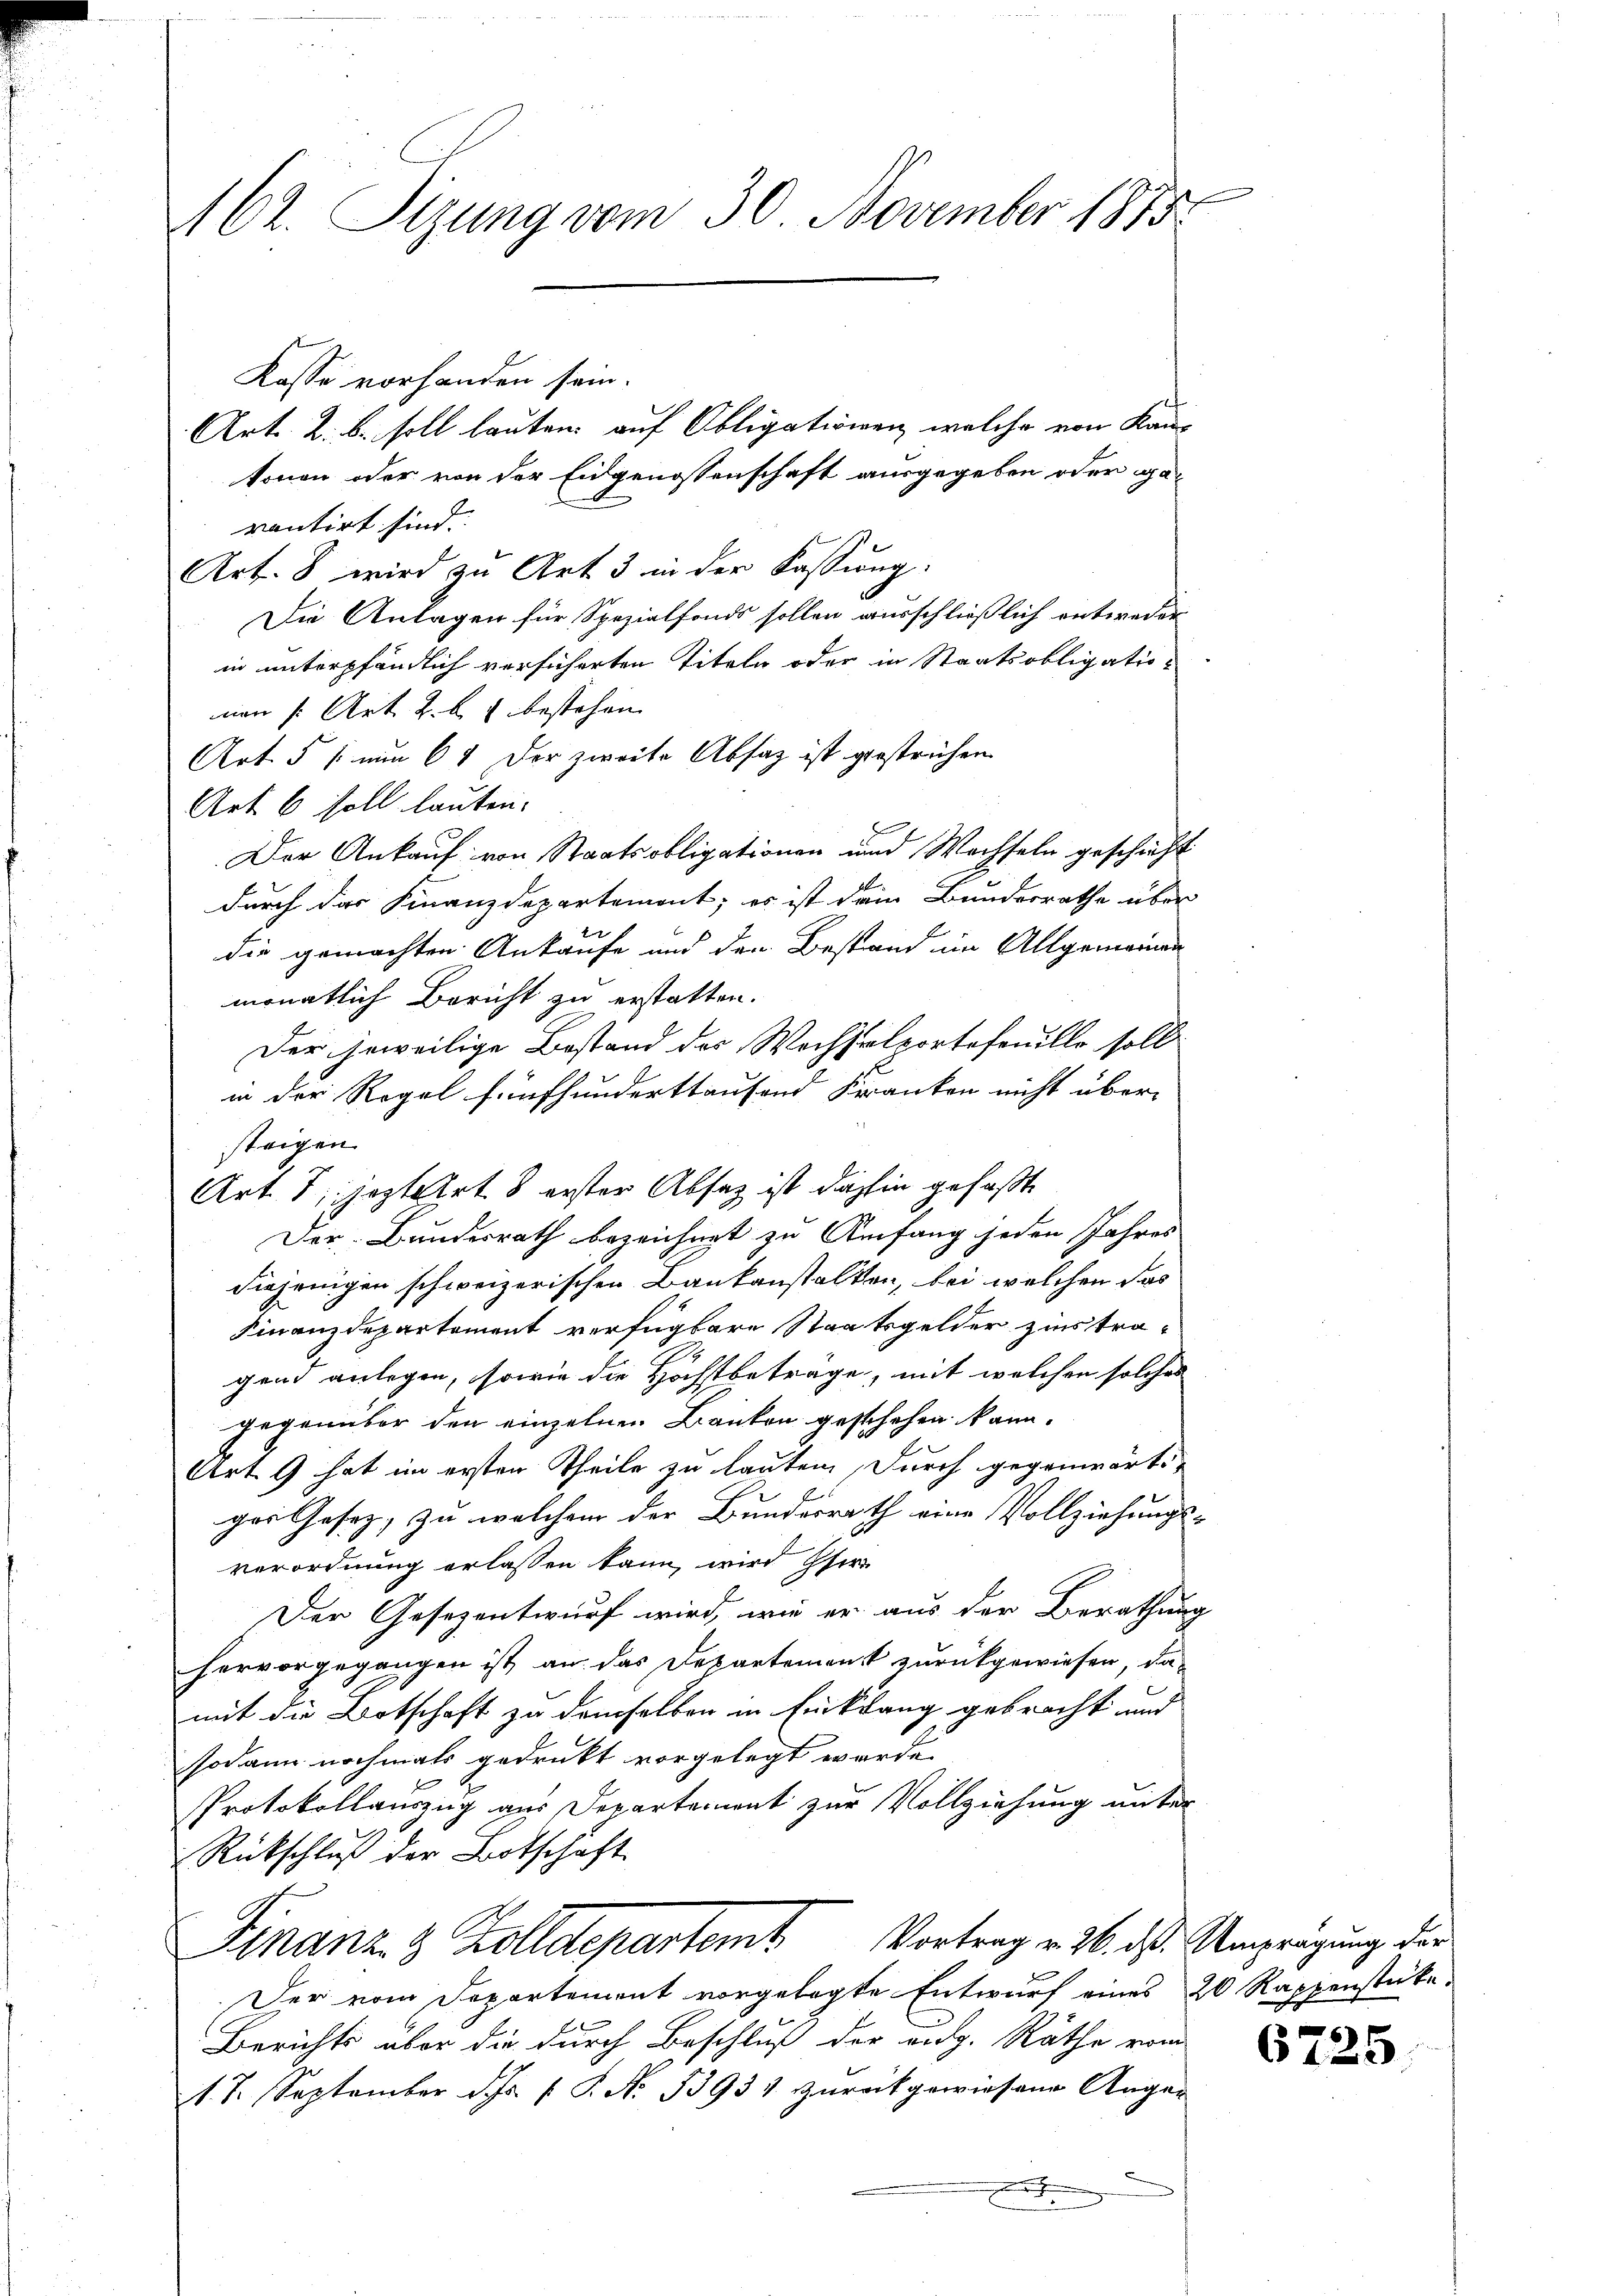
162. Sigung vom 30. November 1815.

Kasse vorhanden sein.
Art. 2. b. soll lauten, auf Obligationen, welche von Kantonen oder von der Eidgenossenschaft ausgegeben oder gaventirt sind.
Art. 8 wird zu Art. 3 in der Fassung:
Die Anlagen für Spezialfonds sollen ausschließlich entweder
in unterpfändlich versicherten Titeln oder in Staatsobligatioman s. Art. 2. b. bestehen.
Art. 5 / nun 64 der zweite Absatz ist gestrichen
Art. 6 soll lauten:
Der Ankauf von Staatsobligationen und Wachseln geschieht
durch das Finanzdepartement; es ist dein Bundesrathe über
die gemachten Ankaufe und den Bestand im Allgemeinen
monatlich Bericht zu erstatten.
Der jeweilige Bestand des Wechselportefouillo soll
in der Regel fünfhunderttaufend Kranken nicht über-
steigen.
Art. 1, jeztert 8 erster Absatz ist dahin gefaßte
Der Bundesrath bezeichnet zu Anfang jeden Jahres
diejenigen schweizerischen Baukanstalten, bei welchen das
Finanzdepartement verfügbare Staatsgelder zins tra-
gend anlegen, sowie die Höchstbeträge, mit welchen solches
gegenüber den einzelnen Banken geschehen kann.
Art. 9 hat im ersten Theile zu lauten, durch gegenwärtiger Gesetz, zu welchem der Bundesrath eine Vollziehungs-
verordnung erlassen kann, wird Her
Der Gesezentwurf wird, wie er aus der Berathung
hervorgegangen ist an das Departement zurückgewiesen, da-
mit die Botschaft zu demselben in Einklang gebracht und
sodann nochmals gedrukt vorgelegt werde.
Protokollauszug aus Departement zur Vollziehung unter
Rückschluß der Botschaft
Finanz & Zolldepartem Vortrag v. 26. ds. Umprägung der
Der vom Departement vorgelegte Entwurf eines 20 Rappenstücke.
Berichts aber die durch Beschluß der eidg. Räthe vom
1. 7. September ds P. No 13933 zurückgewiesene Angar

6725